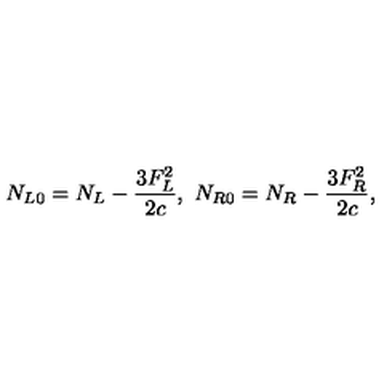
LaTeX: N _ { L 0 } = N _ { L } - { \frac { 3 F _ { L } ^ { 2 } } { 2 c } } , \ N _ { R 0 } = N _ { R } - { \frac { 3 F _ { R } ^ { 2 } } { 2 c } } ,